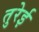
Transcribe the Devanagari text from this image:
तुरेई